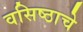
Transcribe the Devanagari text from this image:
वसिष्ठाचे